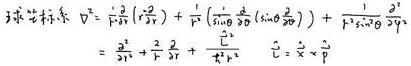
\[
\begin{align*}
\nabla^{2} \psi &=\frac{1}{r^{2}} \frac{\partial}{\partial r}\left(r^{2} \frac{\partial \psi}{\partial r}\right)+\frac{1}{r^{2} \sin \theta} \frac{\partial}{\partial \theta}\left(\sin \theta \frac{\partial \psi}{\partial \theta}\right)+\frac{1}{r^{2} \sin ^{2} \theta} \frac{\partial^{2} \psi}{\partial \varphi^{2}} \\
&=\frac{\partial^{2} \psi}{\partial r^{2}}+\frac{2}{r} \frac{\partial \psi}{\partial r}+\frac{1}{r^{2}} \frac{\partial^{2} \psi}{\partial \theta^{2}}+\frac{\cot \theta}{r^{2}} \frac{\partial \psi}{\partial \theta}+\frac{1}{r^{2} \sin ^{2} \theta} \frac{\partial^{2} \psi}{\partial \varphi^{2}}
\end{align*}
\]